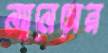
ন্যানেসের